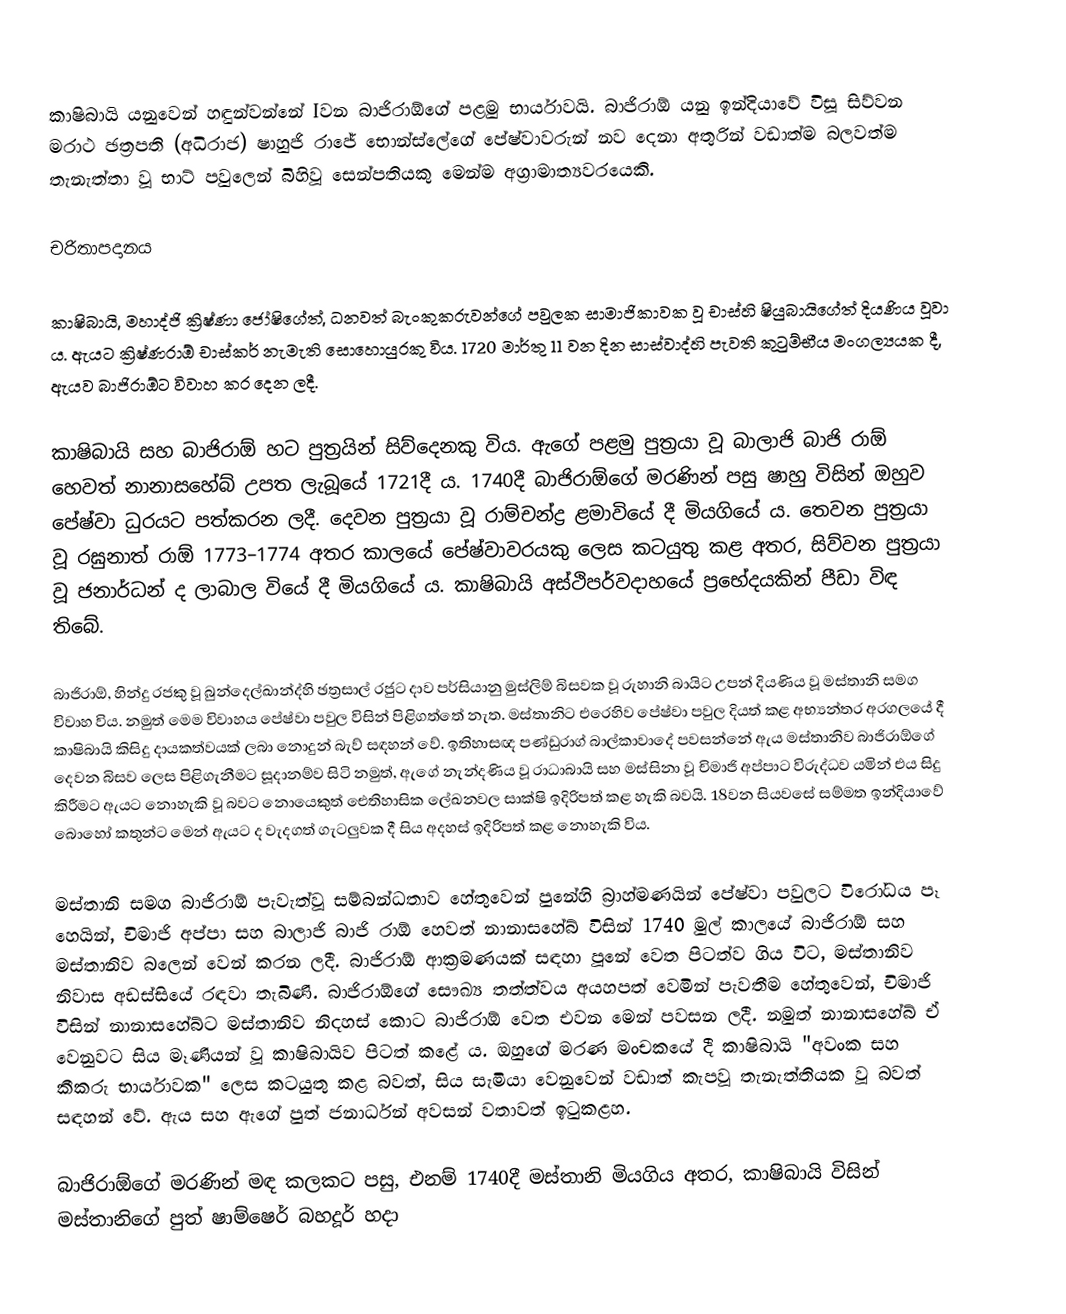
කාෂිබායි යනුවෙන් හඳුන්වන්නේ Iවන බාජිරාඕගේ පළමු භාර්යාවයි. බාජිරාඕ යනු ඉන්දියාවේ විසූ සිව්වන මරාථ ඡත්‍රපති (අධිරාජ) ෂාහුජි රාජේ භොන්ස්ලේගේ පේෂ්වාවරුන් නව දෙනා අතුරින් වඩාත්ම බලවත්ම තැනැත්තා වූ භාට් පවුලෙන් බිහිවූ සෙන්පතියකු මෙන්ම අග්‍රාමාත්‍යවරයෙකි.

චරිතාපදානය

කාෂිබායි, මහාද්ජි ක්‍රිෂ්ණා ජෝෂිගේත්, ධනවත් බැංකුකරුවන්ගේ පවුලක සාමාජිකාවක වූ චාස්හි ෂියුබායිගේත් දියණිය වූවා ය. ඇයට ක්‍රිෂ්ණරාඕ චාස්කර් නැමැති සොහොයුරකු විය. 1720 මාර්තු 11 වන දින සාස්වාද්හි පැවති කුටුම්භීය මංගල්‍යයක දී, ඇයව බාජිරාඕට විවාහ කර දෙන ලදී.

කාෂිබායි සහ බාජිරාඕ හට පුත්‍රයින් සිව්දෙනකු විය. ඇගේ පළමු පුත්‍රයා වූ බාලාජි බාජි රාඕ හෙවත් නානාසහේබ් උපත ලැබූයේ 1721දී ය. 1740දී බාජිරාඕගේ මරණින් පසු ෂාහු විසින් ඔහුව පේෂ්වා ධුරයට පත්කරන ලදී. දෙවන පුත්‍රයා වූ රාම්චන්ද්‍ර ළමාවියේ දී මියගියේ ය. තෙවන පුත්‍රයා වූ රඝුනාත් රාඕ 1773–1774 අතර කාලයේ පේෂ්වාවරයකු ලෙස කටයුතු කළ අතර, සිව්වන පුත්‍රයා වූ ජනාර්ධන් ද ලාබාල වියේ දී මියගියේ ය. කාෂිබායි අස්ථිපර්වදාහයේ ප්‍රභේදයකින් පීඩා විඳ තිබේ.

බාජිරාඕ, හින්දු රජකු වූ බුන්දෙල්ඛාන්ද්හි ඡත්‍රසාල් රජුට දාව පර්සියානු මුස්ලිම් බිසවක වූ රුහානි බායිට උපන් දියණිය වූ මස්තානි සමග විවාහ විය. නමුත් මෙම විවාහය පේෂ්වා පවුල විසින් පිළිගත්තේ නැත. මස්තානිට එරෙහිව පේෂ්වා පවුල දියත් කළ අභ්‍යන්තර අරගලයේ දී කාෂිබායි කිසිදු දායකත්වයක් ලබා නොදුන් බැව් සඳහන් වේ. ඉතිහාසඥ පණ්ඩුරාග් බාල්කාවාදේ පවසන්නේ ඇය මස්තානිව බාජිරාඕගේ දෙවන බිසව ලෙස පිළිගැනීමට සූදානම්ව සිටි නමුත්, ඇගේ නැන්දණිය වූ රාධාබායි සහ මස්සිනා වූ චිමාජි අප්පාට විරුද්ධව යමින් එය සිදු කිරීමට ඇයට නොහැකි වූ බවට නොයෙකුත් ඓතිහාසික ලේඛනවල සාක්ෂි ඉදිරිපත් කළ හැකි බවයි. 18වන සියවසේ සම්මත ඉන්දියාවේ බොහෝ කතුන්ට මෙන් ඇයට ද වැදගත් ගැටලුවක දී සිය අදහස් ඉදිරිපත් කළ නොහැකි විය.

මස්තානි සමග බාජිරාඕ පැවැත්වූ සම්බන්ධතාව හේතුවෙන් පුනේහි බ්‍රාහ්මණයින් පේෂ්වා පවුලට විරෝධය පෑ හෙයින්, චිමාජි අප්පා සහ බාලාජි බාජි රාඕ හෙවත් නානාසහේබ් විසින් 1740 මුල් කාලයේ බාජිරාඕ සහ මස්තානිව බලෙන් වෙන් කරන ලදී. බාජිරාඕ ආක්‍රමණයක් සඳහා පූනේ වෙත පිටත්ව ගිය විට, මස්තානිව නිවාස අඩස්සියේ රඳවා තැබිණි. බාජිරාඕගේ සෞඛ්‍ය තත්ත්වය අයහපත් වෙමින් පැවතීම හේතුවෙන්, චිමාජි විසින් නානාසහේබ්ට මස්තානිව නිදහස් කොට බාජිරාඕ වෙත එවන මෙන් පවසන ලදී. නමුත් නානාසහේබ් ඒ වෙනුවට සිය මෑණියන් වූ කාෂිබායිව පිටත් කළේ ය. ඔහු‍ගේ මරණ මංචකයේ දී කාෂිබායි "අවංක සහ කීකරු භාර්යාවක" ලෙස කටයුතු කළ බවත්, සිය සැමියා වෙනුවෙන් වඩාත් කැපවූ තැනැත්තියක වූ බවත් සඳහන් වේ. ඇය සහ ඇගේ පුත් ජනාර්ධන් අවසන් වතාවත් ඉටුකළහ.

බාජිරාඕගේ මරණින් මඳ කලකට පසු, එනම් 1740දී මස්තානි මියගිය අතර, කාෂිබායි විසින් මස්තානිගේ පුත් ෂාම්ෂෙර් බහදූර් හදා